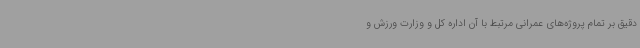
دقیق بر تمام پروژه‌های عمرانی مرتبط با آن اداره کل و وزارت ورزش و